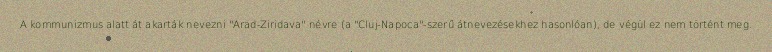
A kommunizmus alatt át akarták nevezni "Arad-Ziridava" névre (a "Cluj-Napoca"-szerű átnevezésekhez hasonlóan), de végül ez nem történt meg.